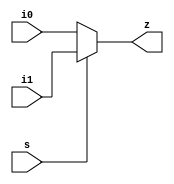
module ql_mux2_x2(
					input s ,
					input i0,
                    input i1,
                    output z 
					);

assign   z = s ? i1: i0;

endmodule